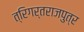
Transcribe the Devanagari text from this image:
त्रिगर्तराजपुत्र